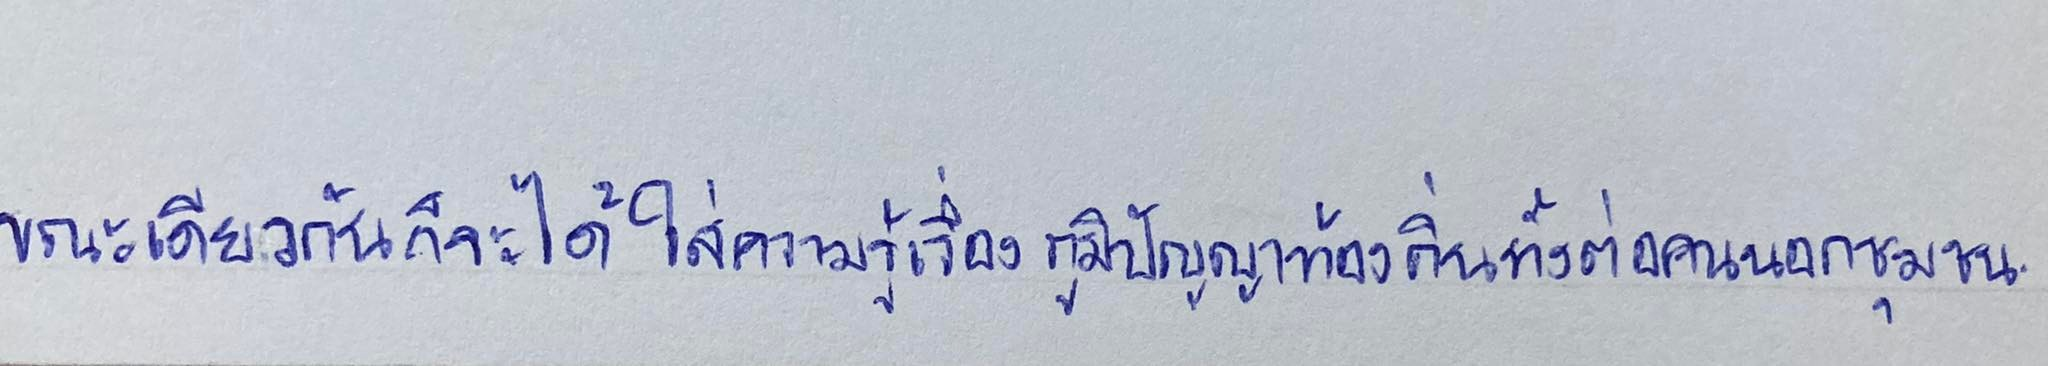
ขณะเดียวกันก็จะได้ใส่ความรู้เรื่องภูมิปัญญาท้องถิ่นทั้งต่อคนนอกชุมชน